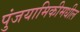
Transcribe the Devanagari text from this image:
पुंजयामिकीमधील